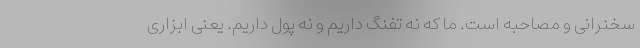
سخنرانی و مصاحبه است. ما که نه تفنگ داریم و نه پول داریم. یعنی ابزاری